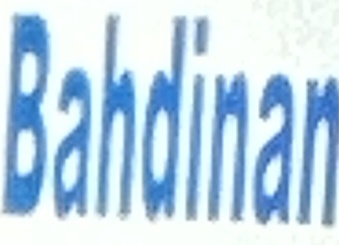
Bahdinan